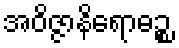
အဝိဇ္ဇာနိရောဓဉ္စ